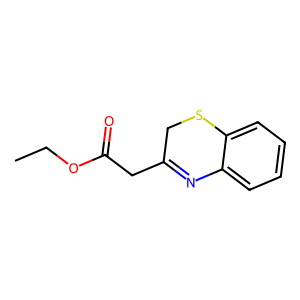
SMILES: CCOC(=O)CC1=Nc2ccccc2SC1
Inhibits HIV replication: No